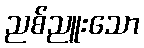
ညစ်ညူးသော